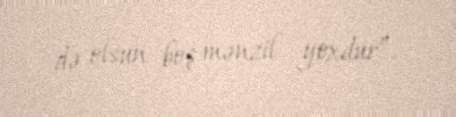
də olsun boş mənzil yoxdur”.